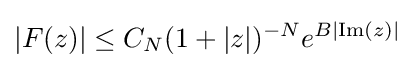
|F(z)|\leq C_{N}(1+|z|)^{-N}e^{B|\mathrm {Im} (z)|}